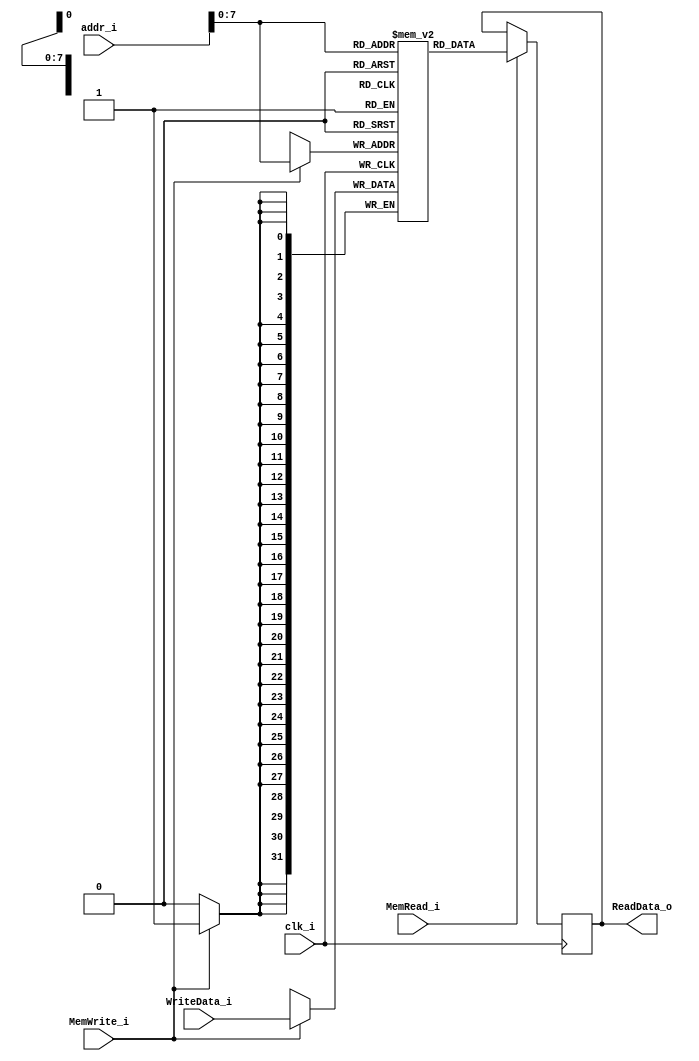
module Data_memory(
clk_i,
MemWrite_i,
MemRead_i,
addr_i,
WriteData_i,
ReadData_o);

input   clk_i;
input   MemWrite_i;
input   MemRead_i;
input   [31:0]  addr_i;
input   [31:0]  WriteData_i;
output  reg	[31:0]  ReadData_o;

reg [31:0]  mem  [0:255];

always @(posedge clk_i) begin
    if(MemWrite_i)
        mem[addr_i] <= WriteData_i;
end

always @(posedge clk_i) begin
    if(MemRead_i)
        ReadData_o <= mem[addr_i];
end

endmodule